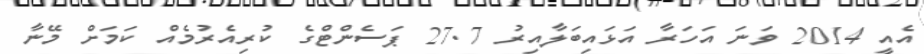
އެއީ 2014 ވަނަ އަހަރާ އަޅައިބަލާއިރު 27.7 ޕަސެންޓްގެ ކުރިއެރުމެއް ކަމަށް މޭނާ